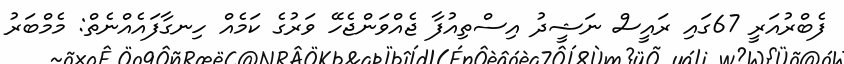
ފެބްރުއަރީ 67ގައި ރައީސް ނަޝީދު އިސްތިއުފާ ޖެއްވަންޖެހޭ ވަރުގެ ކަމެއް ހިނގާފައެއްނެތް: މެމްބަރު